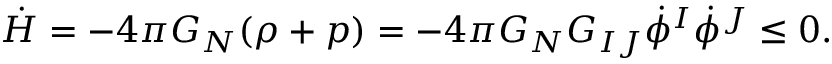
\dot { H } = - 4 \pi G _ { N } ( \rho + p ) = - 4 \pi G _ { N } G _ { I J } \dot { \phi } ^ { I } \dot { \phi } ^ { J } \leq 0 .